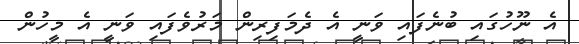
އެ ނޫހުގައި ބުނެފައި ވަނީ އެ ދެމަފިރިން މަރުވެފައި ވަނީ އެ މީހުން